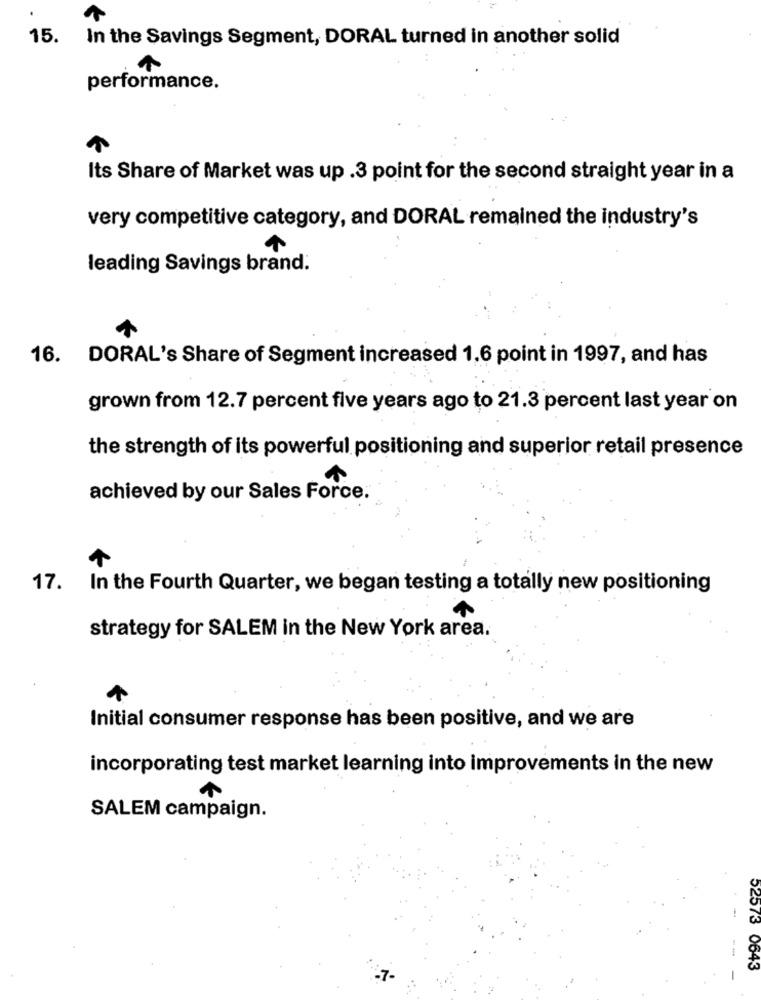
15.
In the Savings Segment, DORAL turned in another solid
performance.
Its Share of Market was up .3 point for the second straight year in a
very competitive category, and DORAL remained the industry's
leading Savings brand.
16. DORAL's Share of Segment increased 1,6 point in 1997, and has
grown from 12.7 percent five years ago to 21.3 percent last year on
the strength of its powerful positioning and superior retail presence
achieved by our Sales Force.
17. In the Fourth Quarter, we began testing a totally new positioning
strategy for SALEM in the New York area.
Initial consumer response has been positive, and we are
incorporating test market learning into improvements in the new
SALEM campaign.
52573 0643